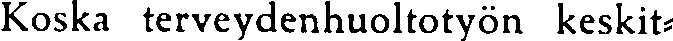
Koska terveydenhuoltotyön keskit-